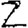
Digit: 2